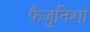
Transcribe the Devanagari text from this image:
फैजुनिशां